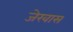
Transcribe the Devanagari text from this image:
जेरवास